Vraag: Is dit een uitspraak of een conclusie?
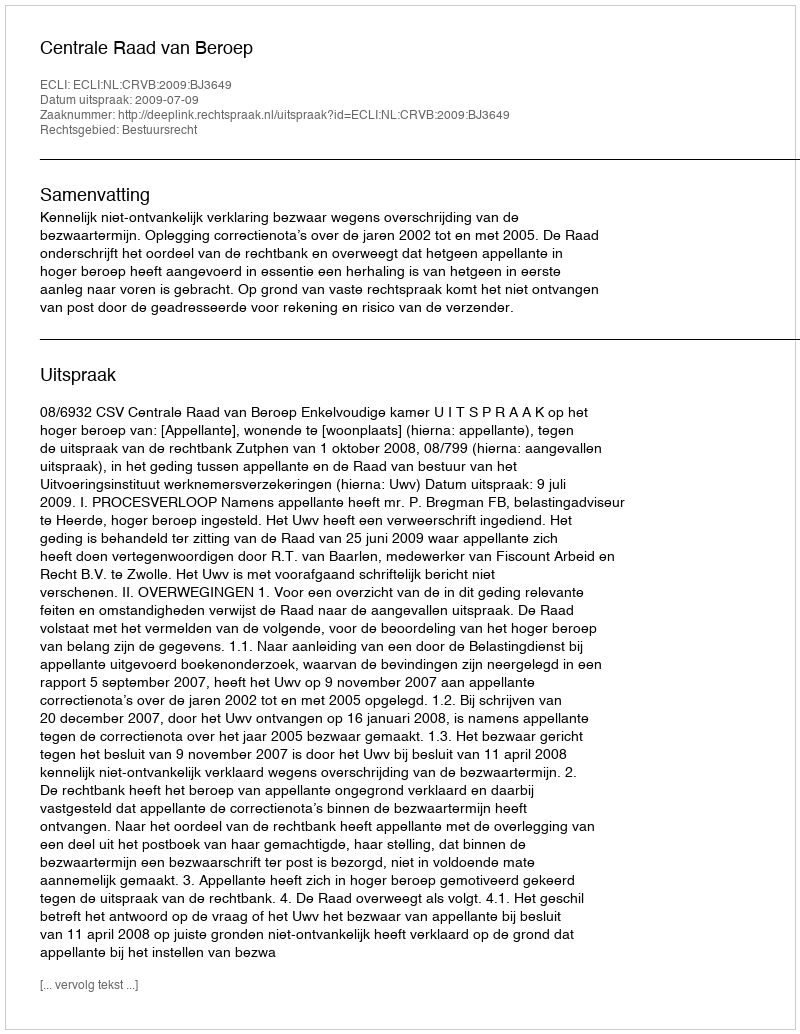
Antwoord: Uitspraak